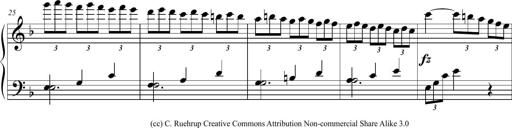
Title: 2 Sonatines faciles et brillantes pour le piano-forte seul
Composer: Carl Czerny